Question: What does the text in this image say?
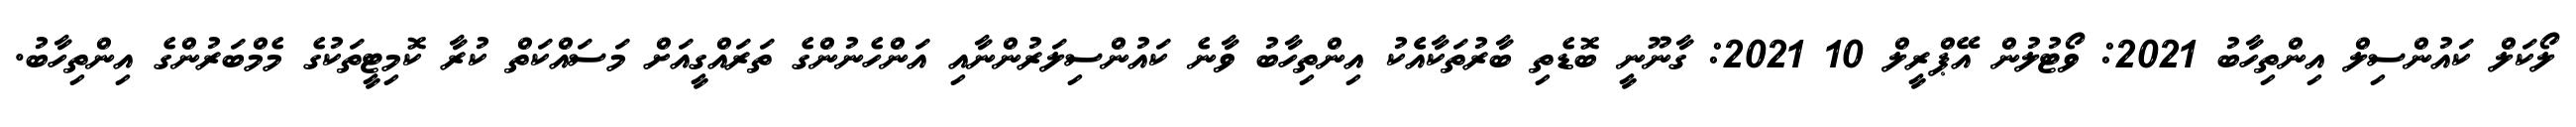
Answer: ލޯކަލް ކައުންސިލް އިންތިހާބު 2021: ވޯޓުލުން އޭޕްރީލް 10 2021: ގާނޫނީ ބޮޑެތި ބާރުތަކާއެެކު އިންތިހާބު ވާނެ ކައުންސިލަރުންނާއި އަންހެނުންގެ ތަރައްގީއަށް މަސައްކަތް ކުރާ ކޮމިޓީތަކުގެ މެމްބަރުންގެ އިންތިހާބު.